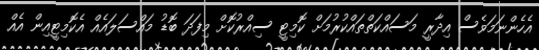
އެހެންނަމަވެސް އިދާރީ މަސައްކަތްތައްކުރުމަށް ކޮމިޓީ ސިއްރުކޮށް މިފަދަ ބޮޑު މައްސަލައެއް އެކޮމިޓީއިން އެއް